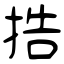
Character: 捁